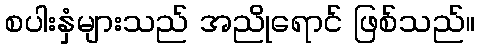
စပါးနှံများသည် အညိုရောင် ဖြစ်သည်။